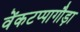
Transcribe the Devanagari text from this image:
वेंकटप्पागौड़ा